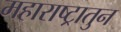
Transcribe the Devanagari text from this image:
महाराष्ट्रातुन